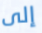
إلى